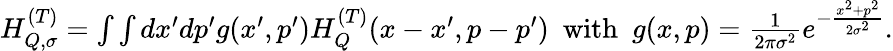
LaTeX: \begin{array}{r}{H_{Q,\sigma}^{(T)}=\int\int dx^{\prime}dp^{\prime}g(x^{\prime},p^{\prime})H_{Q}^{(T)}(x-x^{\prime},p-p^{\prime})\ \ \mathrm{with}\ \ g(x,p)=\frac{1}{2\pi\sigma^{2}}e^{-\frac{x^{2}+p^{2}}{2\sigma^{2}}}.}\end{array}